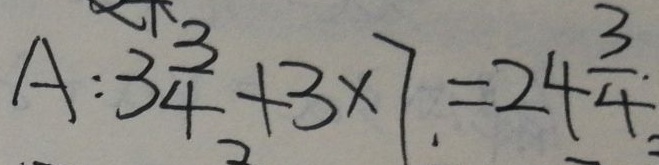
A : 3 \frac { 3 } { 4 } + 3 \times 7 = 2 4 \frac { 3 } { 4 }